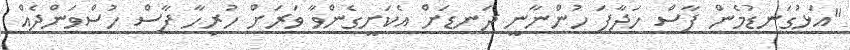
"އަޅުގަނޑުމެން ފާސް ހަދާފަ ހުންނާނީ ދަނޑަށް އެކަށީގެންވާ ވަރަށް ހުރިހާ ފާސް ހުސްވަންދެއް